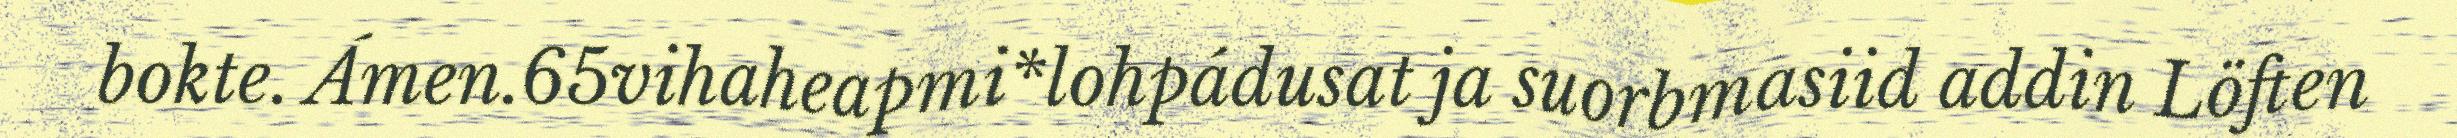
bokte. Ámen.65vihaheapmi*lohpádusat ja suorbmasiid addin Löften